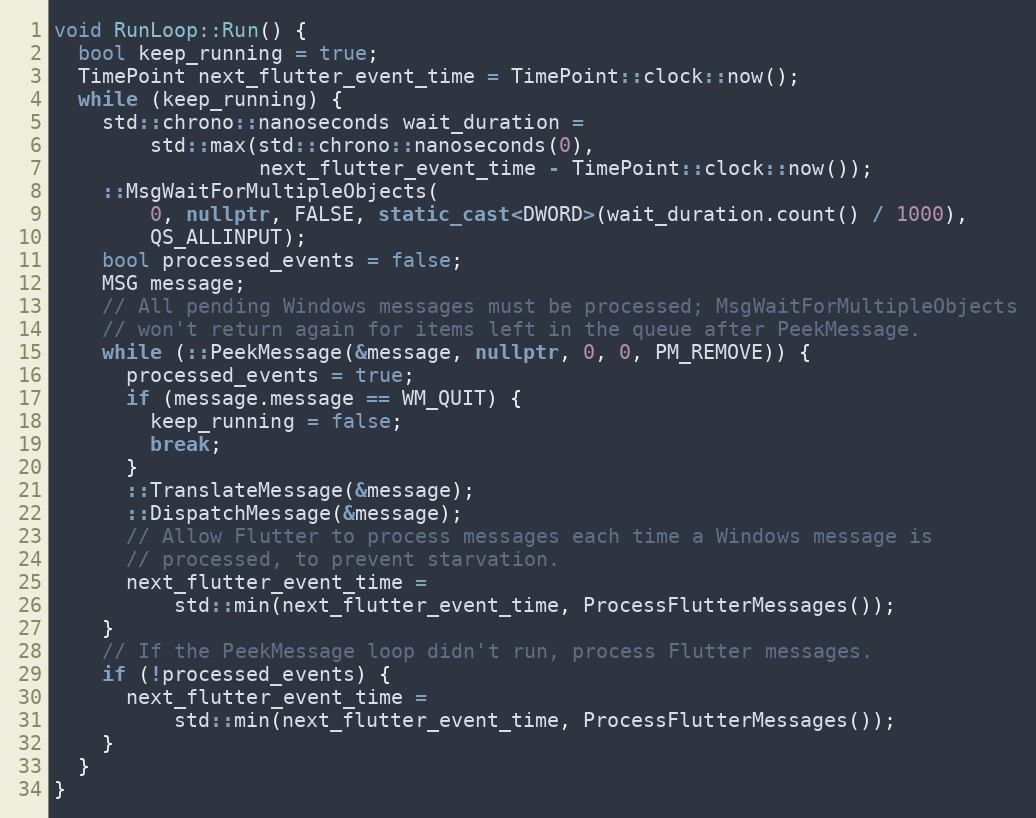
Language: C++
void RunLoop::Run() {
  bool keep_running = true;
  TimePoint next_flutter_event_time = TimePoint::clock::now();
  while (keep_running) {
    std::chrono::nanoseconds wait_duration =
        std::max(std::chrono::nanoseconds(0),
                 next_flutter_event_time - TimePoint::clock::now());
    ::MsgWaitForMultipleObjects(
        0, nullptr, FALSE, static_cast<DWORD>(wait_duration.count() / 1000),
        QS_ALLINPUT);
    bool processed_events = false;
    MSG message;
    // All pending Windows messages must be processed; MsgWaitForMultipleObjects
    // won't return again for items left in the queue after PeekMessage.
    while (::PeekMessage(&message, nullptr, 0, 0, PM_REMOVE)) {
      processed_events = true;
      if (message.message == WM_QUIT) {
        keep_running = false;
        break;
      }
      ::TranslateMessage(&message);
      ::DispatchMessage(&message);
      // Allow Flutter to process messages each time a Windows message is
      // processed, to prevent starvation.
      next_flutter_event_time =
          std::min(next_flutter_event_time, ProcessFlutterMessages());
    }
    // If the PeekMessage loop didn't run, process Flutter messages.
    if (!processed_events) {
      next_flutter_event_time =
          std::min(next_flutter_event_time, ProcessFlutterMessages());
    }
  }
}